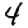
Digit: 4